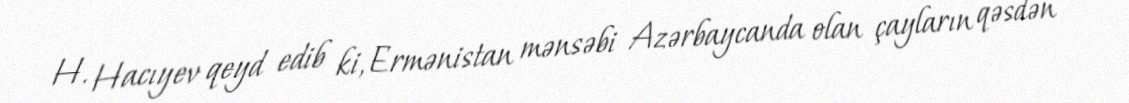
H. Hacıyev qeyd edib ki, Ermənistan mənsəbi Azərbaycanda olan çayların qəsdən